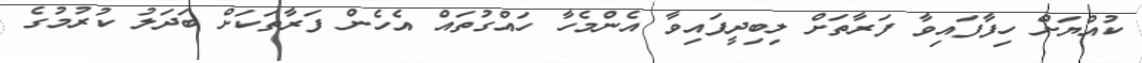
ކުއްޔަށް ހިފާފައިވާ ފަރާތަށް ލިބިދީފައިވާ އެންމެހާ ހައްގުތައް އެހެން ފަރާތަކަށް ބަދަލު ކުރުމުގެ